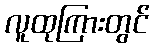
လူထုကြားတွင်